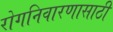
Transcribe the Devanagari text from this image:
रोगनिवारणासाठी